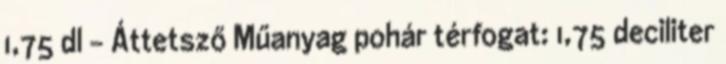
1,75 dl - Áttetsző Műanyag pohár térfogat: 1,75 deciliter